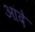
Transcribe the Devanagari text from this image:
आदे